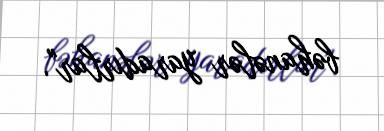
bəhanələr yaradırlar".